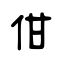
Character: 佄